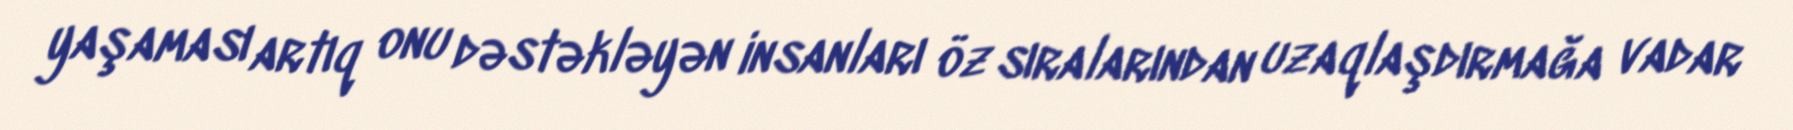
yaşaması artıq onu dəstəkləyən insanları öz sıralarından uzaqlaşdırmağa vadar